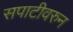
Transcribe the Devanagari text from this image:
सपाटीवरुन